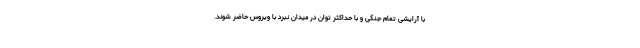
با آرایشی تمام جنگی و با حداکثر توان در میدان نبرد با ویروس حاضر شوند.